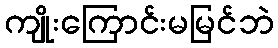
ကျိုးကြောင်းမမြင်ဘဲ